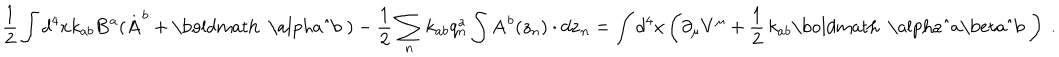
\frac { 1 } { 2 } \int d ^ { 4 } x k _ { a b } { \bf B } ^ { a } ( { \bf \dot { A } } ^ { b } + \mathrm { \boldmath ~ \ a l p h a ^ { b } ~ } ) - \frac { 1 } { 2 } \sum _ { n } k _ { a b } q _ { n } ^ { a } \int { \bf A } ^ { b } ( z _ { n } ) \cdot d { \bf z } _ { n } = \int d ^ { 4 } x \left( \partial _ { \mu } V ^ { \mu } + \frac { 1 } { 2 } \, k _ { a b } \mathrm { \boldmath ~ \ a l p h a ^ { a } \ b e t a ^ { b } ~ } \right) \ .